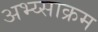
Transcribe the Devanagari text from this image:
अभ्य्साक्रम